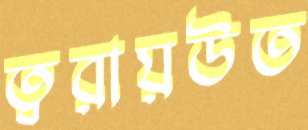
ত্বরায়উত